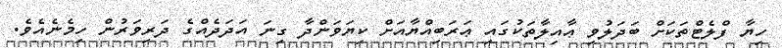
ހިޔާ ފްލެޓްތަކަށް ބަދަލުވި ޢާއިލާތަކުގައި ޢަރަބިއްޔާއަށް ކިޔަވަންދާ ގިނަ އަދަދެއްގެ ދަރިވަރުން ހިމެނެއެވެ.